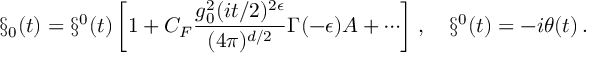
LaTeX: \S _ { 0 } ( t ) = \S ^ { 0 } ( t ) \left[ 1 + C _ { F } \frac { g _ { 0 } ^ { 2 } ( i t / 2 ) ^ { 2 \epsilon } } { ( 4 \pi ) ^ { d / 2 } } \Gamma ( - \epsilon ) A + \cdots \right] \, , \quad \S ^ { 0 } ( t ) = - i \theta ( t ) \, .